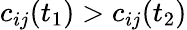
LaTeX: c_{ij}(t_{1})>c_{ij}(t_{2})